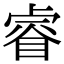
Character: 睿